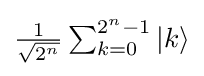
{\textstyle {\frac {1}{\sqrt {2^{n}}}}\sum _{k=0}^{2^{n}-1}|k\rangle }